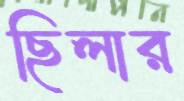
ছিলার